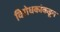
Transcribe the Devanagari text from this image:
विरोधकांकडून